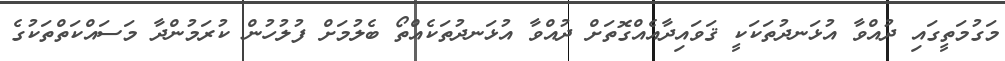
މަގުމަތީގައި ދުއްވާ އުޅަނދުތަކަކީ ޤަވައިދާއެއްގޮތަށް ދުއްވާ އުޅަނދުތަކެއްތޯ ބެލުމަށް ފުލުހުން ކުރަމުންދާ މަސައްކަތްތަކުގެ